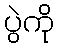
ပွဲကို